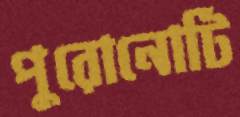
পুরোনোটি